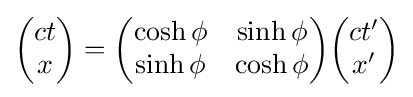
{\begin{pmatrix}ct\\x\end{pmatrix}}={\begin{pmatrix}\cosh \phi &\sinh \phi \\\sinh \phi &\cosh \phi \end{pmatrix}}{\begin{pmatrix}ct'\\x'\end{pmatrix}}